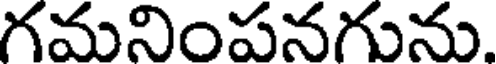
గమనింపనగును.